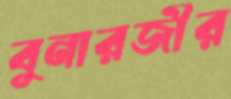
বুনারজীর